Annual report on the Civil Veterinary Department, Burma (including the Insein Veterinary School) - 1932-1941
Year: 1932
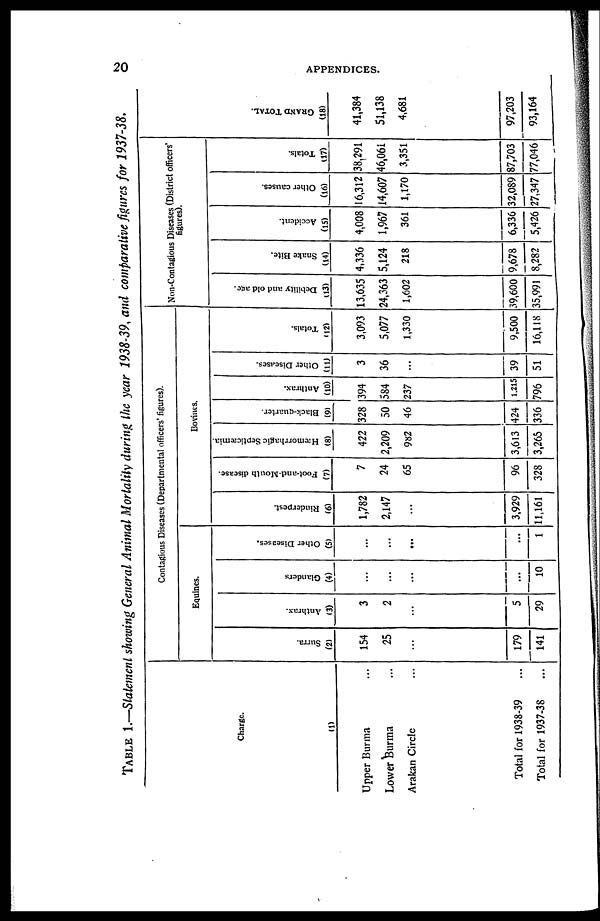
20
APPENDICES.
TABLE 1.—Statement showing General Animal Mortality during the year 1938-39, and comparative figures for 1937-38.
Charge.
(1)
Upper Burma ...
Lower Burma ...
Arakan Circle ...
Total for 1938-39 ...
Total for 1937-38 ...
Contagious Diseases (Departmental officers' figures).
Equities.
Surra.
(2)
154
25
...
179
141
Anthrax.
(3)
3
2
...
5
29
Glanders
(4)
...
...
...
...
10
Other Diseases.
(5)
...
...
...
...
1
Bovines.
Rinderpest.
(6)
1,782
2,147
...
3,929
11,161
Foot-and-Mouth disease.
(7)
7
24
65
96
328
Hæmorrhagic Septicæmia.
(8)
422
2,209
982
3,613
3,265
Black-quarter
(9)
328
50
46
424
336
Anthrax.
(10)
394
584
237
1,215
796
Other Diseases.
(11)
3
36
...
39
51
Totals.
(12)
3,093
5,077
1,330
9,500
16,118
Non-Contagious Diseases (District officers
figures).
Debility and old age.
(13)
13,635
24,363
1,602
39,600
35,991
Snake Bite.
(14)
4,336
5,124
218
9,678
8,282
Accident.
(15)
4,008
1,967
361
6,336
5,426
Other causes.
(16)
16,312
14,607
1,170
32,089
27,347
Totals.
(17)
38,291
46,061
3,351
87,703
77,046
GRAND
TOTAL.
(18)
41,384
51,138
4,681
97,203
93,164